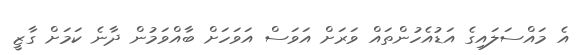
އެ މައްސަލައިގެ އަޑުއެހުންތައް ވަރަށް އަވަސް އަވަހަށް ބާއްވަމުން ދާނެ ކަމަށް ގާޒީ